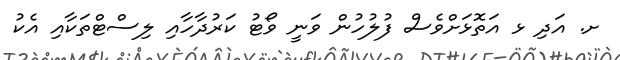
ށ. އަދި ޅ އަތޮޅަށްވެސް ފުލުހުން ވަނީ ވޯޓު ކަރުދާހާއި ލިސްޓްތަކާއި އެކު